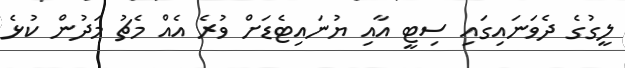
ލީގުގެ ދެވަނައިގައި ސިޓީ އާއި ޔުނައިޓެޑަށް ވުރެ އެއް މެޗު މަދުން ކުޅެ